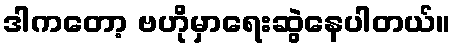
ဒါကတော့ ဗဟိုမှာရေးဆွဲနေပါတယ်။